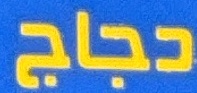
دجاج